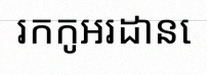
រកកូអរដោនេ